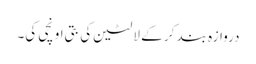
دروازہ بند کر کے لالٹین کی بتی اونچی کی۔